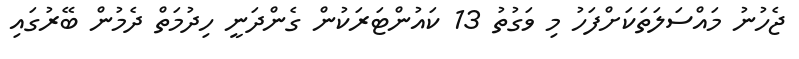
ޖެހުނު މައްސަލަތަކަށްފަހު މި ވަގުތު 13 ކައުންޓަރަކުން ގެންދަނީ ހިދުމަތް ދެމުން ބޭރުގައި